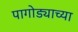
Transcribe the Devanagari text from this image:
पागोड्याच्या